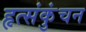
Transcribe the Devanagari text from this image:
हृत्संकुंचन